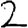
Digit: 2